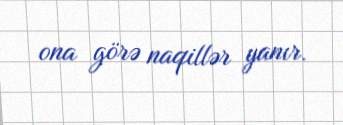
ona görə naqillər yanır.